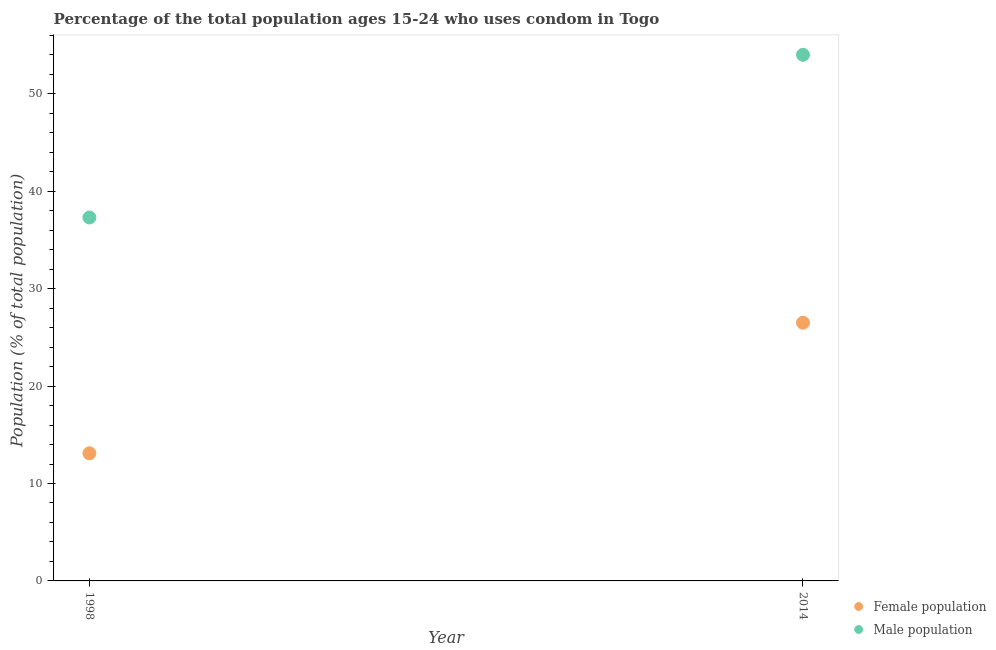
| Year | Female population | Male population |
 | --- | --- | --- |
 | 1998 | 13.1 | 37.3 |
 | 2014 | 26.5 | 54 |